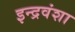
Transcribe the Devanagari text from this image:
इन्द्रवंशा